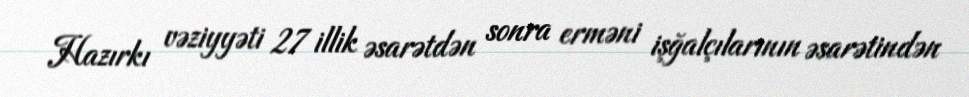
Hazırkı vəziyyəti 27 illik əsarətdən sonra erməni işğalçılarının əsarətindən